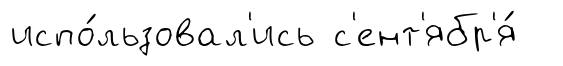
испо́льзовал'ись с'ент'ябр'я́